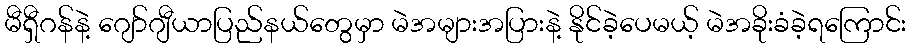
မီရှီဂန်နဲ့ ဂျော်ဂျီယာပြည်နယ်တွေမှာ မဲအများအပြားနဲ့ နိုင်ခဲ့ပေမယ့် မဲအခိုးခံခဲ့ရကြောင်း